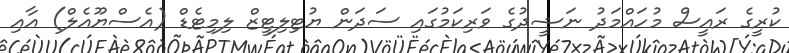
ކުރީގެ ރައީސް މުހައްމަދު ނަޝީދުގެ ވަރިކަމުގައި ސަދަން ޔުޓިލިޓީޒް ލިމިޓެޑް (އެސްޔޫއެލް) އާއި